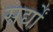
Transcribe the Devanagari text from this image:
सर्द्यों